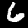
Label: 6